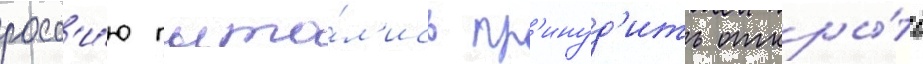
росс'и́ю пыта́л'ись пр'инуд'ить откры́ть